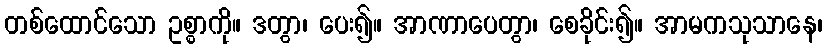
တစ်ထောင်သော ဥစ္စာကို။ ဒတွာ၊ ပေး၍။ အာဏာပေတွာ၊ စေခိုင်း၍။ အာမကသုသာနေ၊